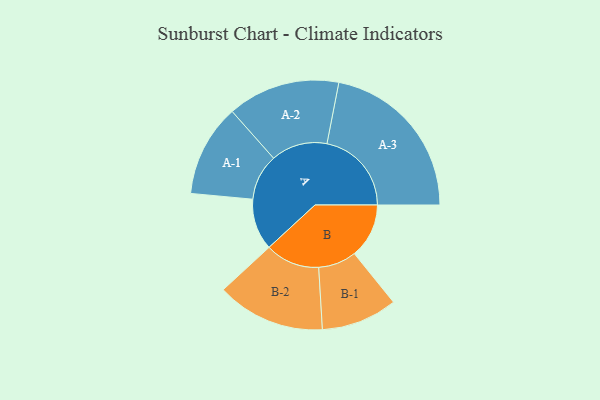
{"axis": {"x": "Segment", "y": "Value"}, "legend": ["", "A", "B"], "data": [{"x": "A", "y": 158, "type": ""}, {"x": "B", "y": 168, "type": ""}, {"x": "A-1", "y": 142, "type": "A"}, {"x": "A-2", "y": 173, "type": "A"}, {"x": "A-3", "y": 260, "type": "A"}, {"x": "B-1", "y": 117, "type": "B"}, {"x": "B-2", "y": 167, "type": "B"}]}